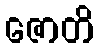
ဇောတိ